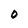
Character: 0